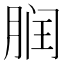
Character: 𬂀